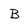
Character: B